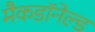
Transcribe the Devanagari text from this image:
मैकडॉनेल्ड